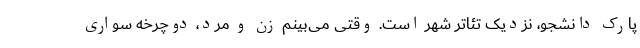
پارک دانشجو، نزدیک تئاتر شهر است. وقتی می‌بینم زن و مرد، دوچرخه سواری